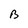
Character: b